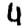
Digit: 4